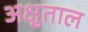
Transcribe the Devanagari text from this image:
अक्षुताल